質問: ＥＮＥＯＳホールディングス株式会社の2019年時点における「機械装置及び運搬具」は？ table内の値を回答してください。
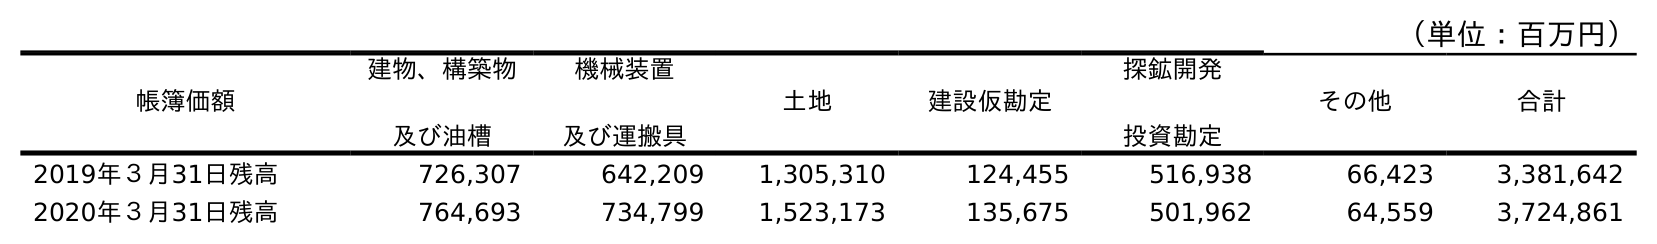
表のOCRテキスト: （単位：百万円） 帳簿価額 建物、構築物 及び油槽 機械装置 及び運搬具 土地 建設仮勘定 探鉱開発 投資勘定 その他 合計 2019年３月31日残高 726,307 642,209 1,305,310 124,455 516,938 66,423 3,381,642 2020年３月31日残高 764,693 734,799 1,523,173 135,675 501,962 64,559 3,724,861
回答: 642,209